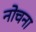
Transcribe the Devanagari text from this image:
नोचना